Report on the bubonic plague in Bombay, 1896-1897
Year: 1896
Disease focus: Plague
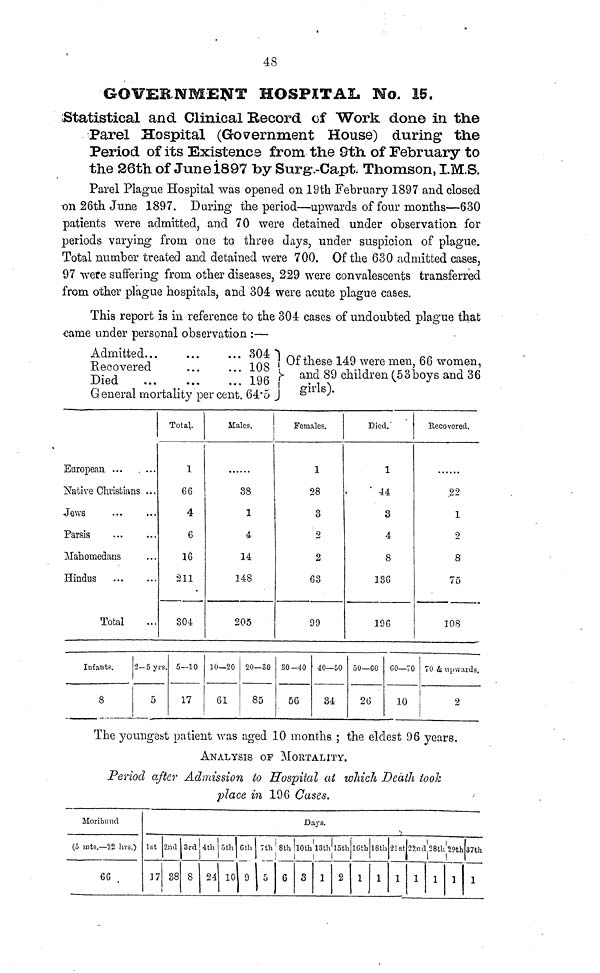
48
GOVERNMENT HOSPITAL No. 15.
Statistical and Clinical Record of Work done in the
Parel Hospital (Government House) during the
Period of its Existence from the 9th of February to
the 26th of June 1897 by Surg.-Capt. Thomson, I.M.S.
Parel Plague Hospital was opened on 19th February 1897 and closed
on 26th June 1897. During the period—upwards of four months—630
patients were admitted, and 70 were detained under observation for
periods varying from one to three days, under suspicion of plague.
Total number treated and detained were 700. Of the 630 admitted cases,
97 were suffering from other diseases, 229 were convalescents transferred
from other plague hospitals, and 304 were acute plague cases.
This report is in reference to the 304 cases of undoubted plague that
came under personal observation :—
Admitted...
Recovered
Died
...
...
• • •
...
...
...
General mortality percent.
304
108
196
64.5
Of these 149 were men, 66 women,
and 89 children (53 boys and 36
girls).
European ...
Native Christians
Jews ...
Parsis ...
Mahomedans
Hindus
Total
...
...
...
...
...
...
...
Total.
1
66
4
6
16
211
804
Males.
1
......
38
1
4
14
148
205
Females.
1
28
3
2
2
63
99
Died.
1
44
3
4
8
136
196
Recovered.
.....
22
1
9
8
75
108
Infants.
8
2-5 yrs.
5
5—10
17
10—20
61
20—30
85
30 -40
56
40—50
34
50—60
26
60—70
10
70 & upwards.
2
The youngest patient was aged 10 months ; the eldest 96 years.
ANALYSIS OF MORTALITY.
Period after Admission to Hospital at which Death took
place in 196 Cases.
Moribund
(5 mts.— 22 hrs.)
66
1st
17
2nd
38
3rd
8
4th
24
5th
10
6th
9
7th
5
8 th
6
Days.
10th
3
13th
1
15th
2
16th
1
18th
1
21st
1
22nd
1
28th
1
29th
1
37th
1